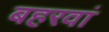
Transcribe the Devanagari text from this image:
बहरवां